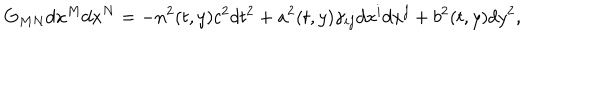
LaTeX: G _ { M N } d x ^ { M } d x ^ { N } = - n ^ { 2 } ( t , y ) c ^ { 2 } d t ^ { 2 } + a ^ { 2 } ( t , y ) \gamma _ { i j } d x ^ { i } d x ^ { j } + b ^ { 2 } ( t , y ) d y ^ { 2 } ,